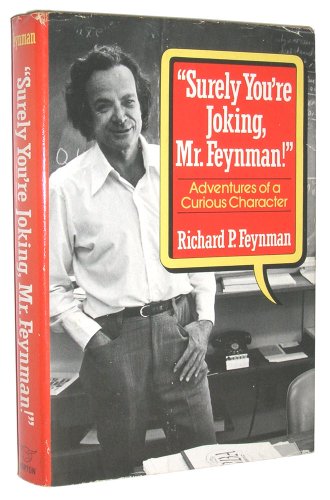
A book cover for "Surely You're Joking, Mr. Feynman": Adventures of a Curious Character; Richard P. Feynman; Humor & Entertainment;